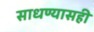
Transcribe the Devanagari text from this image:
साधण्यासही